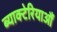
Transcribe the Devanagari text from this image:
ब्याक्टेरियाऔं